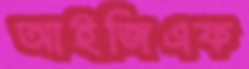
আইজিএফ